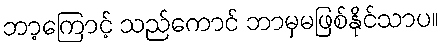
ဘာ့ကြောင့် သည်ကောင် ဘာမှမဖြစ်နိုင်သာပ။